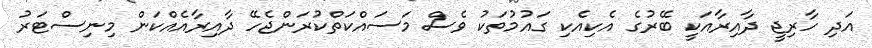
އަދި ހާރިޖީ ދާއިރާއަކީ ބޭރުގެ އެކިއެކި ގައުމުތަކު ވެސް މަސައްކަތްކުރަންޖެހޭ ދާއިރާއެއްކަން މިނިސްޓަރު